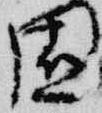
園